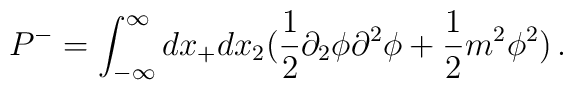
P^-=\int_{-\infty} ^\infty dx_+dx_2 (\frac{1}{2}\partial_2 \phi \partial^2\phi  +\frac{1}{2}m^2 \phi^2)\,.